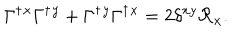
\Gamma ^ { \dagger } { } ^ { x } \Gamma ^ { \dagger } { } ^ { y } + \Gamma ^ { \dagger } { } ^ { y } \Gamma ^ { \dagger } { } ^ { x } = 2 \delta ^ { x y } \mathcal { R } _ { x } .